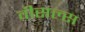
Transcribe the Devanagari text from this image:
वीसल्स